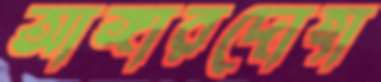
আঙ্গারদোহা